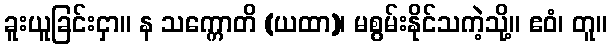
ခူးယူခြင်းငှာ။ န သက္ကောတိ (ယထာ)၊ မစွမ်းနိုင်သကဲ့သို့။ ဧဝံ၊ တူ။